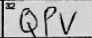
Transcription: QPV